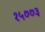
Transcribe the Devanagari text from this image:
१५७७३